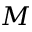
\boldsymbol { M }